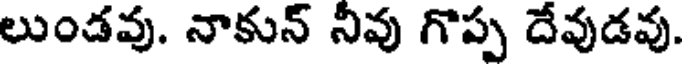
లుండవు. నాకున్ నివు గొప్ప దేవుడవు.